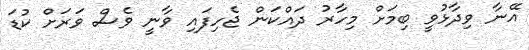
އޭނާ ވިދާޅުވީ ބިމަށް މިހާރު ދައްކަން ޖެހިފައި ވާނީ ވެސް ވަރަށް ކުޑަ